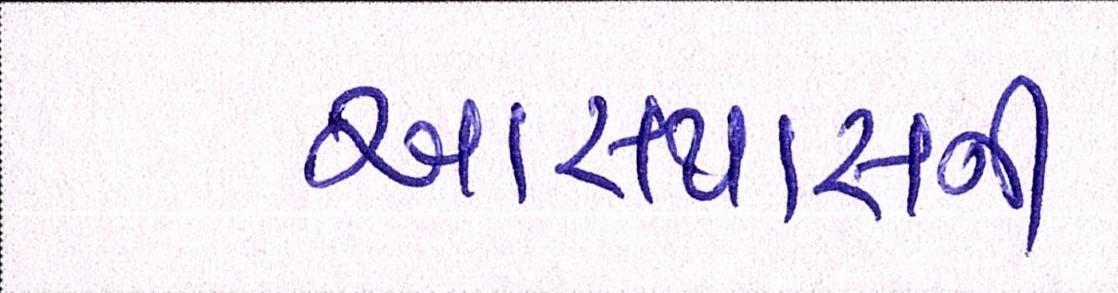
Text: આસપાસની